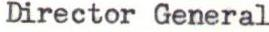
Director General